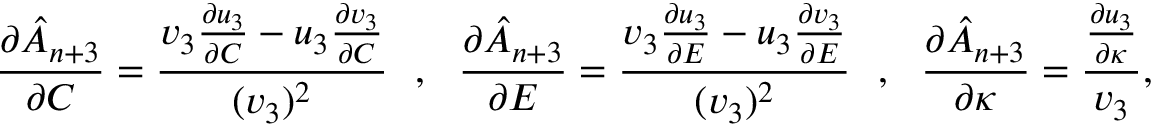
\frac { \partial \hat { A } _ { n + 3 } } { \partial C } = \frac { v _ { 3 } \frac { \partial u _ { 3 } } { \partial C } - u _ { 3 } \frac { \partial v _ { 3 } } { \partial C } } { ( v _ { 3 } ) ^ { 2 } } ~ ~ , ~ ~ \frac { \partial \hat { A } _ { n + 3 } } { \partial E } = \frac { v _ { 3 } \frac { \partial u _ { 3 } } { \partial E } - u _ { 3 } \frac { \partial v _ { 3 } } { \partial E } } { ( v _ { 3 } ) ^ { 2 } } ~ ~ , ~ ~ \frac { \partial \hat { A } _ { n + 3 } } { \partial \kappa } = \frac { \frac { \partial u _ { 3 } } { \partial \kappa } } { v _ { 3 } } ,